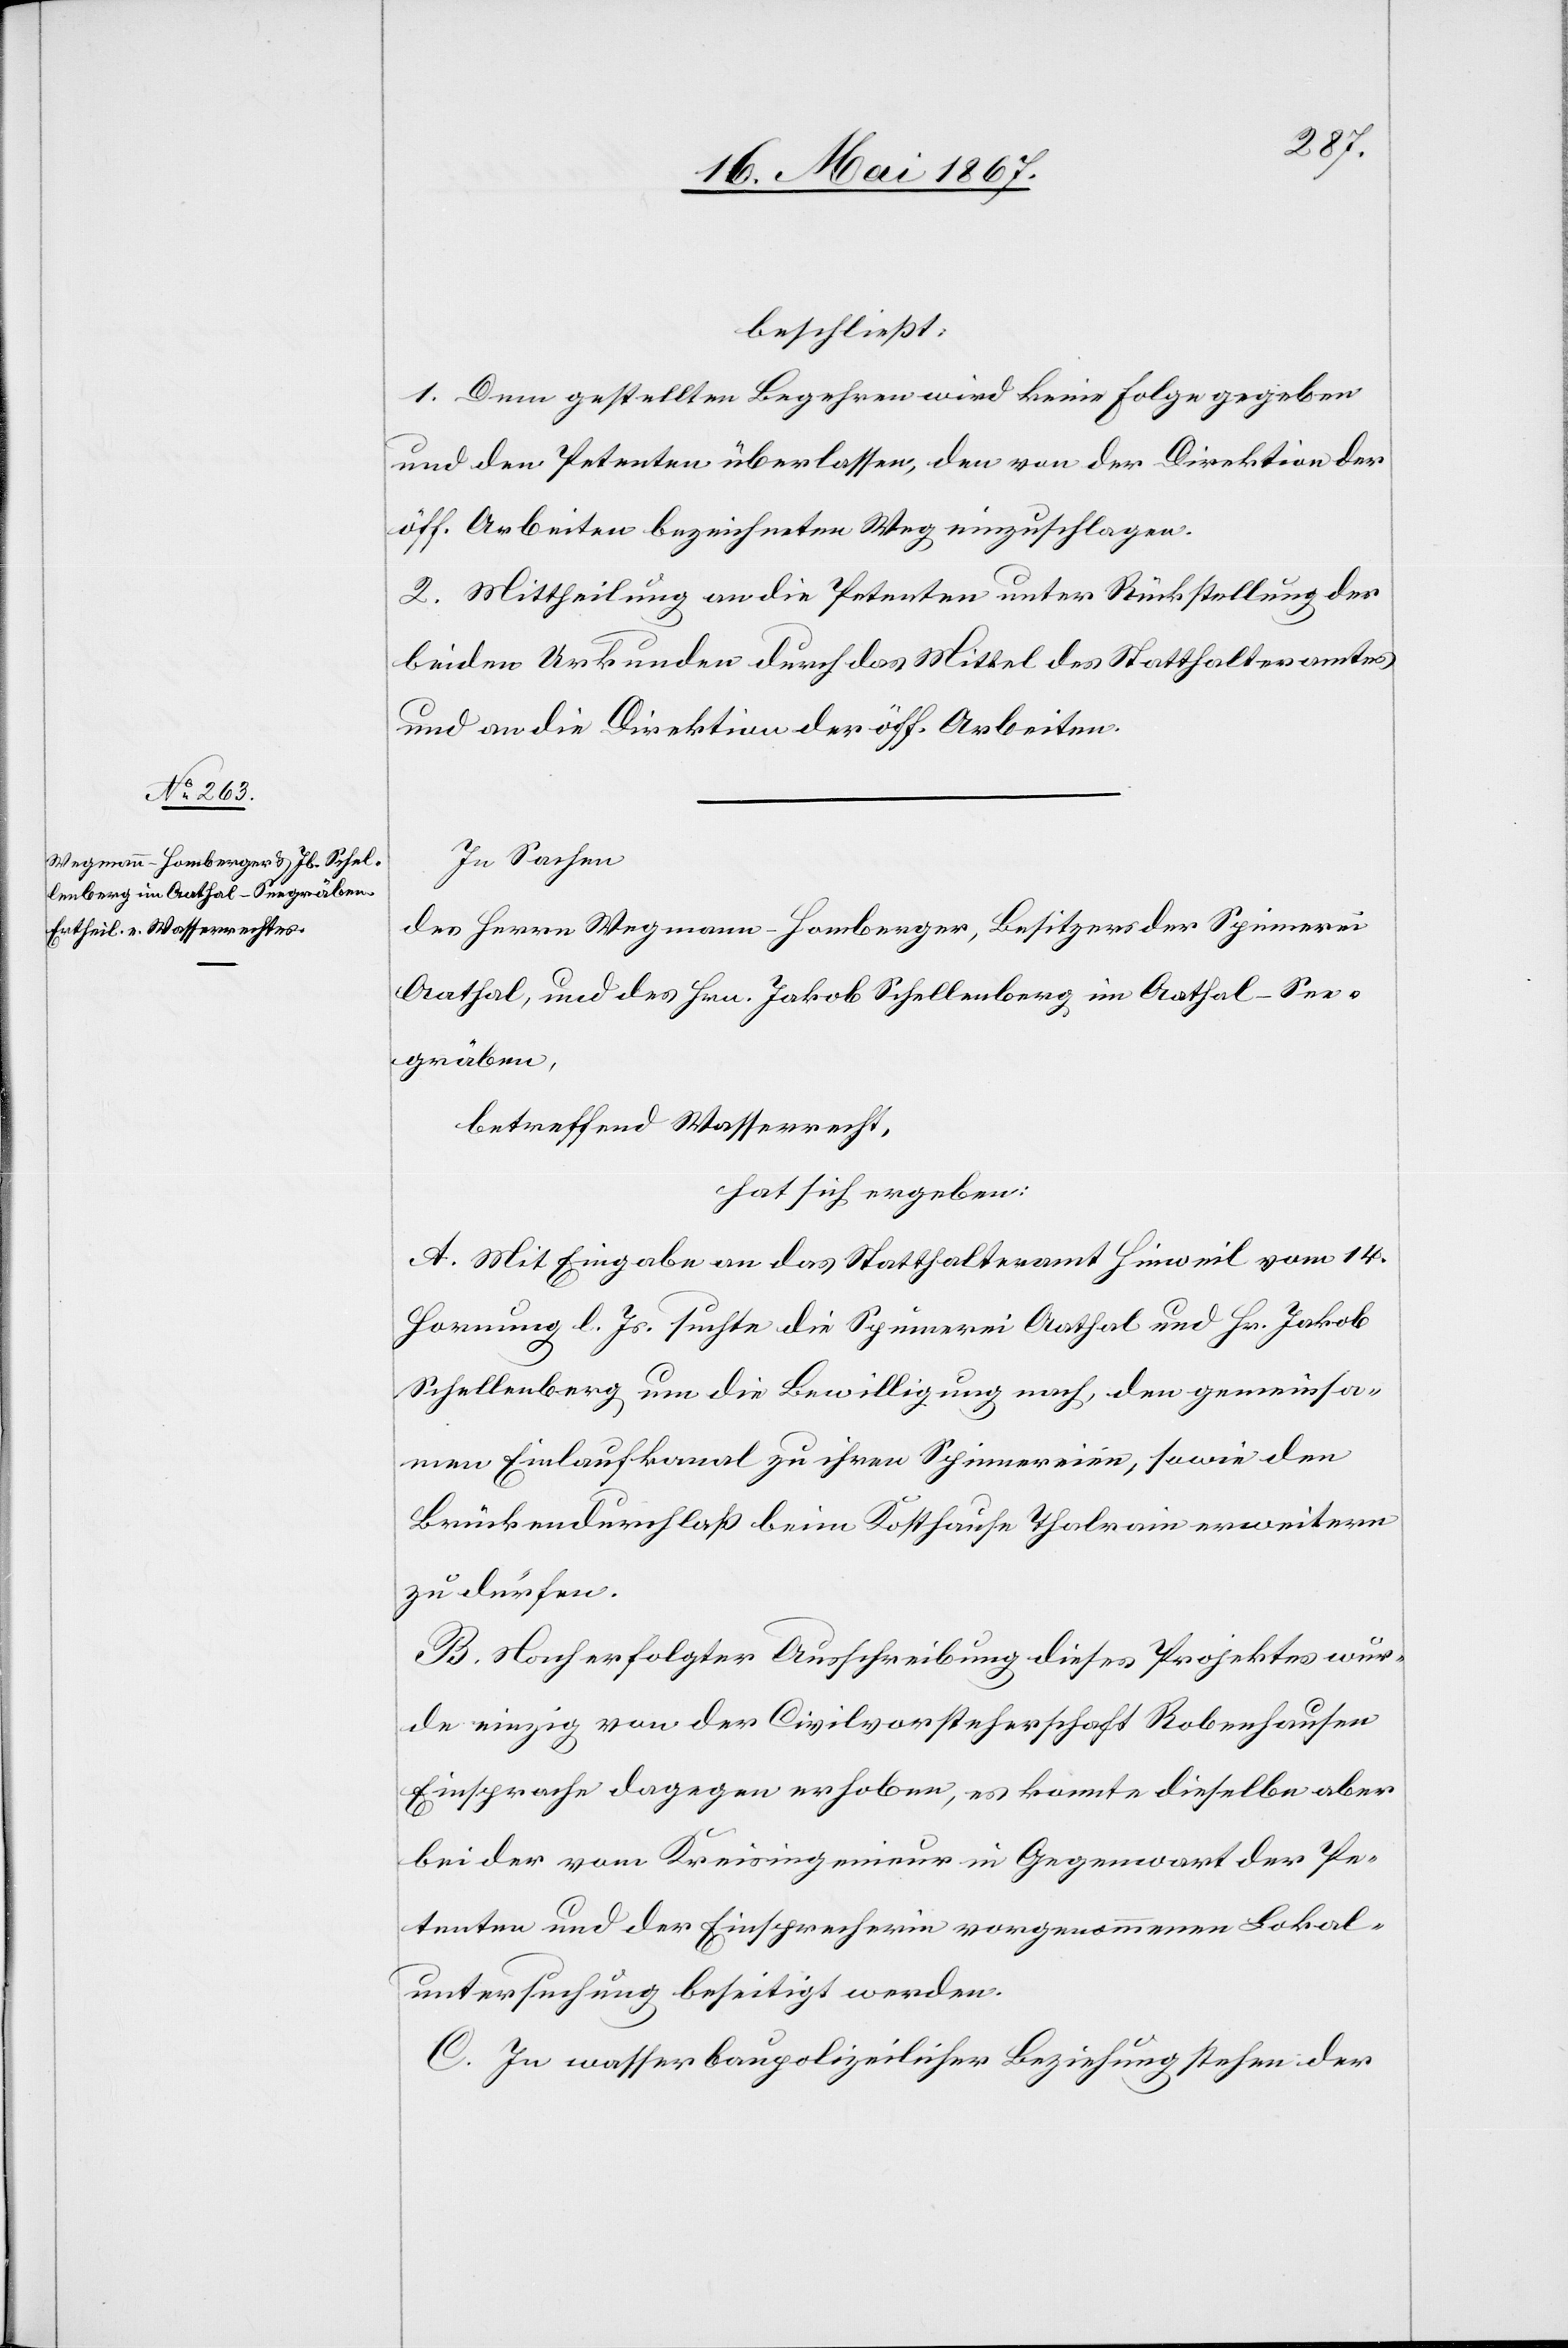
beschließt:
1. Dem gestellten Begehren wird keine Folge gegeben
und den Petenten überlassen, den von der Direktion der
öff. Arbeiten bezeichneten Weg einzuschlagen.
2. Mittheilung an die Petenten unter Rückstellung der
beiden Urkunden durch das Mittel des Statthalteramtes
und an die Direktion der öff. Arbeiten.
In Sachen
des Herrn Wegmann-Homberger, Besitzer der Spinnerei
Aathal, und des Hrn. Jakob Schellenberg im Aathal-See¬
gräben,
betreffend Wasserrecht,
hat sich ergeben:
A. Mit Eingabe an das Statthalteramt Hinweil vom 14.
Hornung l. Js. suchte die Spinnerei Aathal und Hr. Jakob
Schellenberg um die Bewilligung nach, den gemeinsa¬
men Einlaufkanal zu ihren Spinnereien, sowie den
Brückendurchlaß beim Kosthause Thalrain erweitern
zu dürfen.
B. Nach erfolgter Ausschreibung dieses Projektes wur¬
de einzig von der Civilvorsteherschaft Robenhausen
Einsprache dagegen erhoben, es konnte dieselbe aber
bei der vom Kreisingenieur in Gegenwart der Pe¬
tenten und der Einsprecherin vorgenommenen Lokal¬
untersuchung beseitigt werden.
C. In wasserbaupolizeilicher Beziehung stehen der